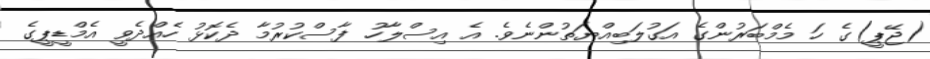
(ޖޭޕީ)ގެ ހަ މެމްބަރުންގެ އަގުލަބިއްޔަތުންނެވެ. އެ އިސްލާހު ފާސްކުރުމާ ދެކޮޅު ހެއްދެވީ އެމްޑީޕީގެ